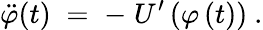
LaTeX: \ddot{\varphi}(t)\; =\; -\; U^{\prime}\left(\varphi\left(t\right)\right)~.